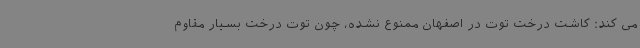
می کند: کاشت درخت توت در اصفهان ممنوع نشده، چون توت درخت بسیار مقاوم